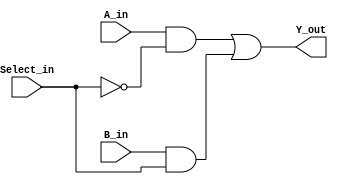
module mux_2x1_1 (
    input A_in,
    input B_in,
    input Select_in,
    output Y_out
);
    
    wire and1;
    wire and2;

    and(and1,A_in,~Select_in);
    and(and2,B_in,Select_in);
    or(Y_out,and1,and2);


endmodule